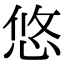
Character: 悠